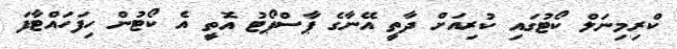
ކްރިމިނަލް ކޯޓުގައި ކުރިއަށް ދާތީ އޭނާގެ ޕާސްޕޯޓު އޮތީ އެ ކޯޓުން ހިފަހައްޓާފަ